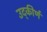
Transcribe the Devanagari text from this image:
उद्कीर्ण